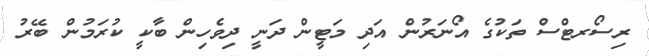
ރިސޯރޓްސް ތަކުގެ އޯނަރުން އަދި މަޓީން ދަނީ ދިވެހިން ބާކީ ކުރަމުން ބޭރު